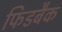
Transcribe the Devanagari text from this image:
फिडबैक